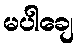
မပါချေ